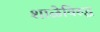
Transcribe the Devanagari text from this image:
शाळेविरुद्ध